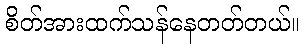
စိတ်အားထက်သန်နေတတ်တယ်။